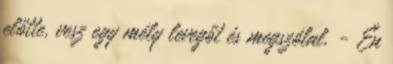
előtte, vesz egy mély levegőt és megszólal. - Én